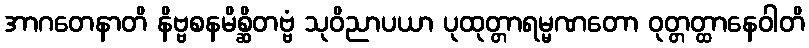
အာဂတေနာတိ နိဗ္ဗစနမိစ္ဆိတဗ္ဗံ သုဝိညာပယာ ပုထုတ္တာရမ္မဏတော ဝုတ္တတ္ထာနေဝါတိ